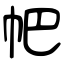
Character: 帊